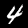
Digit: 4